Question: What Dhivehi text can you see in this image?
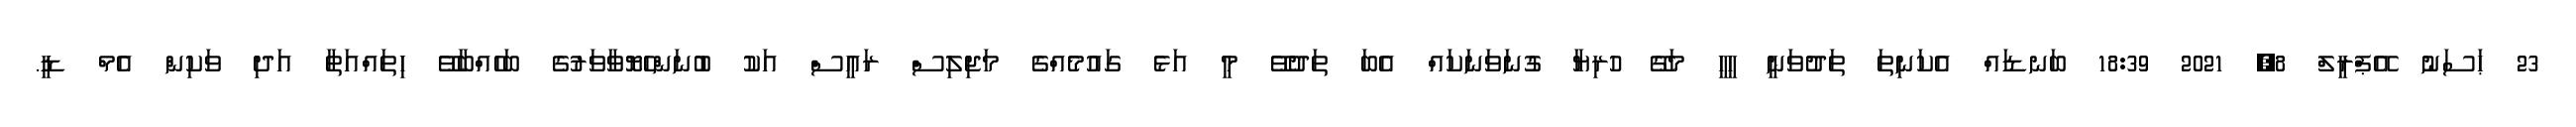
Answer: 23 ޙަސަނު އޭޕްރީލް 8, 2021 18:39 ބަނޑައް އެކަނިތަ ތަދުވަނީ ހީހީ މަގޭ ހުރިޔާ ގުނަވަނަކައް އެބަ ތަދުވޭ މީ އަޅެ ގައުމެއްގެ މަޖިލިސް ރައީސް އަކު ބުނަންހެޔޮވާވަރުގެ ބަހެއްބާވޭ ހިތައްއަތާ އަދި ވަކިން އެމް ޑީ.